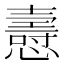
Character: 㦞